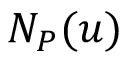
N _ { P } ( u )